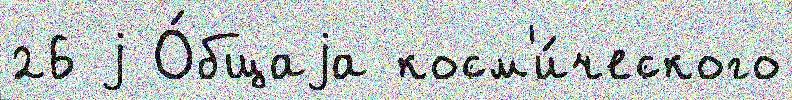
26 j О́бщаjа косм'и́ческого